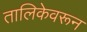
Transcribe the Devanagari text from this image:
तालिकेवरून